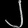
Digit: ၂